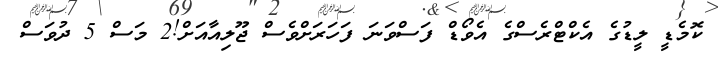
ކޮމެޑީ ލީޑުގެ އެކްޓްރެސްގެ އެވޯޑް ފަސްވަނަ ފަހަރަށްވެސް ޖޫލިއާއަށް!2 މަސް 5 ދުވަސް